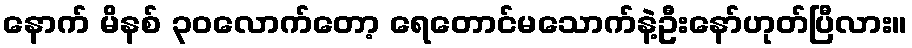
နောက် မိနစ် ၃၀လောက်တော့ ရေတောင်မသောက်နဲ့ဦးနော်ဟုတ်ပြီလား။